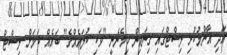
އަދި އާންމުކުރި ލިސްޓްގައި ގިނައިން ހިމެނެނީ "ވަކި ކުލައެއްގެ" ބައެއް ކަމަށް ލިސްޓް